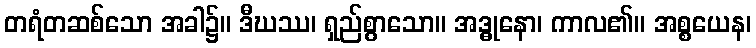
တရံတဆစ်သော အခါ၌။ ဒီဃဿ၊ ရှည်စွာသော။ အဒ္ဓုနော၊ ကာလ၏။ အစ္စယေန၊